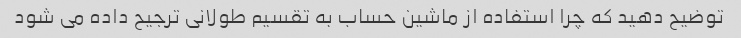
توضیح دهید که چرا استفاده از ماشین حساب به تقسیم طولانی ترجیح داده می شود